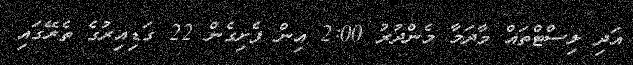
އަދި ލިސްޓްތައް މާދަމާ މެންދުރު 2:00 އިން ފެށިގެން 22 ގަޑިއިރުގެ ތެރޭގައި